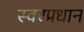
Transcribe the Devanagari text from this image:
स्वरप्रधान